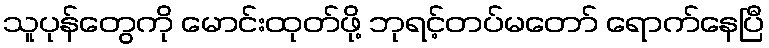
သူပုန်တွေကို မောင်းထုတ်ဖို့ ဘုရင့်တပ်မတော် ရောက်နေပြီ